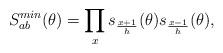
LaTeX: \begin{align*}S_{ab}^{min}(\theta)=\prod_{x}s_{\frac{x+1}{h}}(\theta)s_{\frac{x-1}{h}}(\theta),\end{align*}